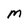
Character: M